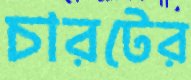
চারটের